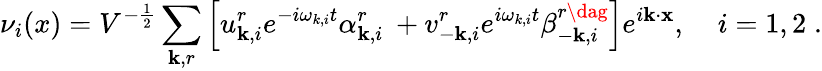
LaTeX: \nu_{i}(x)=V^{-\frac{1}{2}}\sum_{{\mathbf k},r}\left[u_{{\mathbf k},i}^{r}e^{-i\omega_{k,i}t}\alpha_{{\mathbf k},i}^{r}\: +v_{-{\mathbf k},i}^{r}e^{i\omega_{k,i}t}\beta_{-{\mathbf k},i}^{r\dag}\right]e^{i{\mathbf k}\cdot{\mathbf x}},\; \; \; ~i=1,2\; .